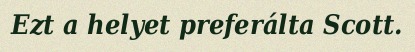
Ezt a helyet preferálta Scott.